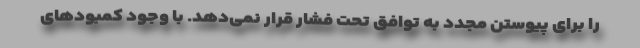
را برای پیوستن مجدد به توافق تحت فشار قرار نمی‌دهد. با وجود کمبودهای